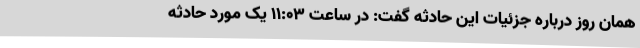
همان روز درباره جزئیات این حادثه گفت: در ساعت ۱۱:۰۳ یک مورد حادثه